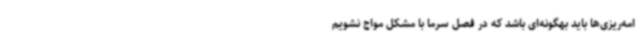
امه‌ریزی‌ها باید بهگونه‌ای باشد که در فصل سرما با مشکل مواج نشویم